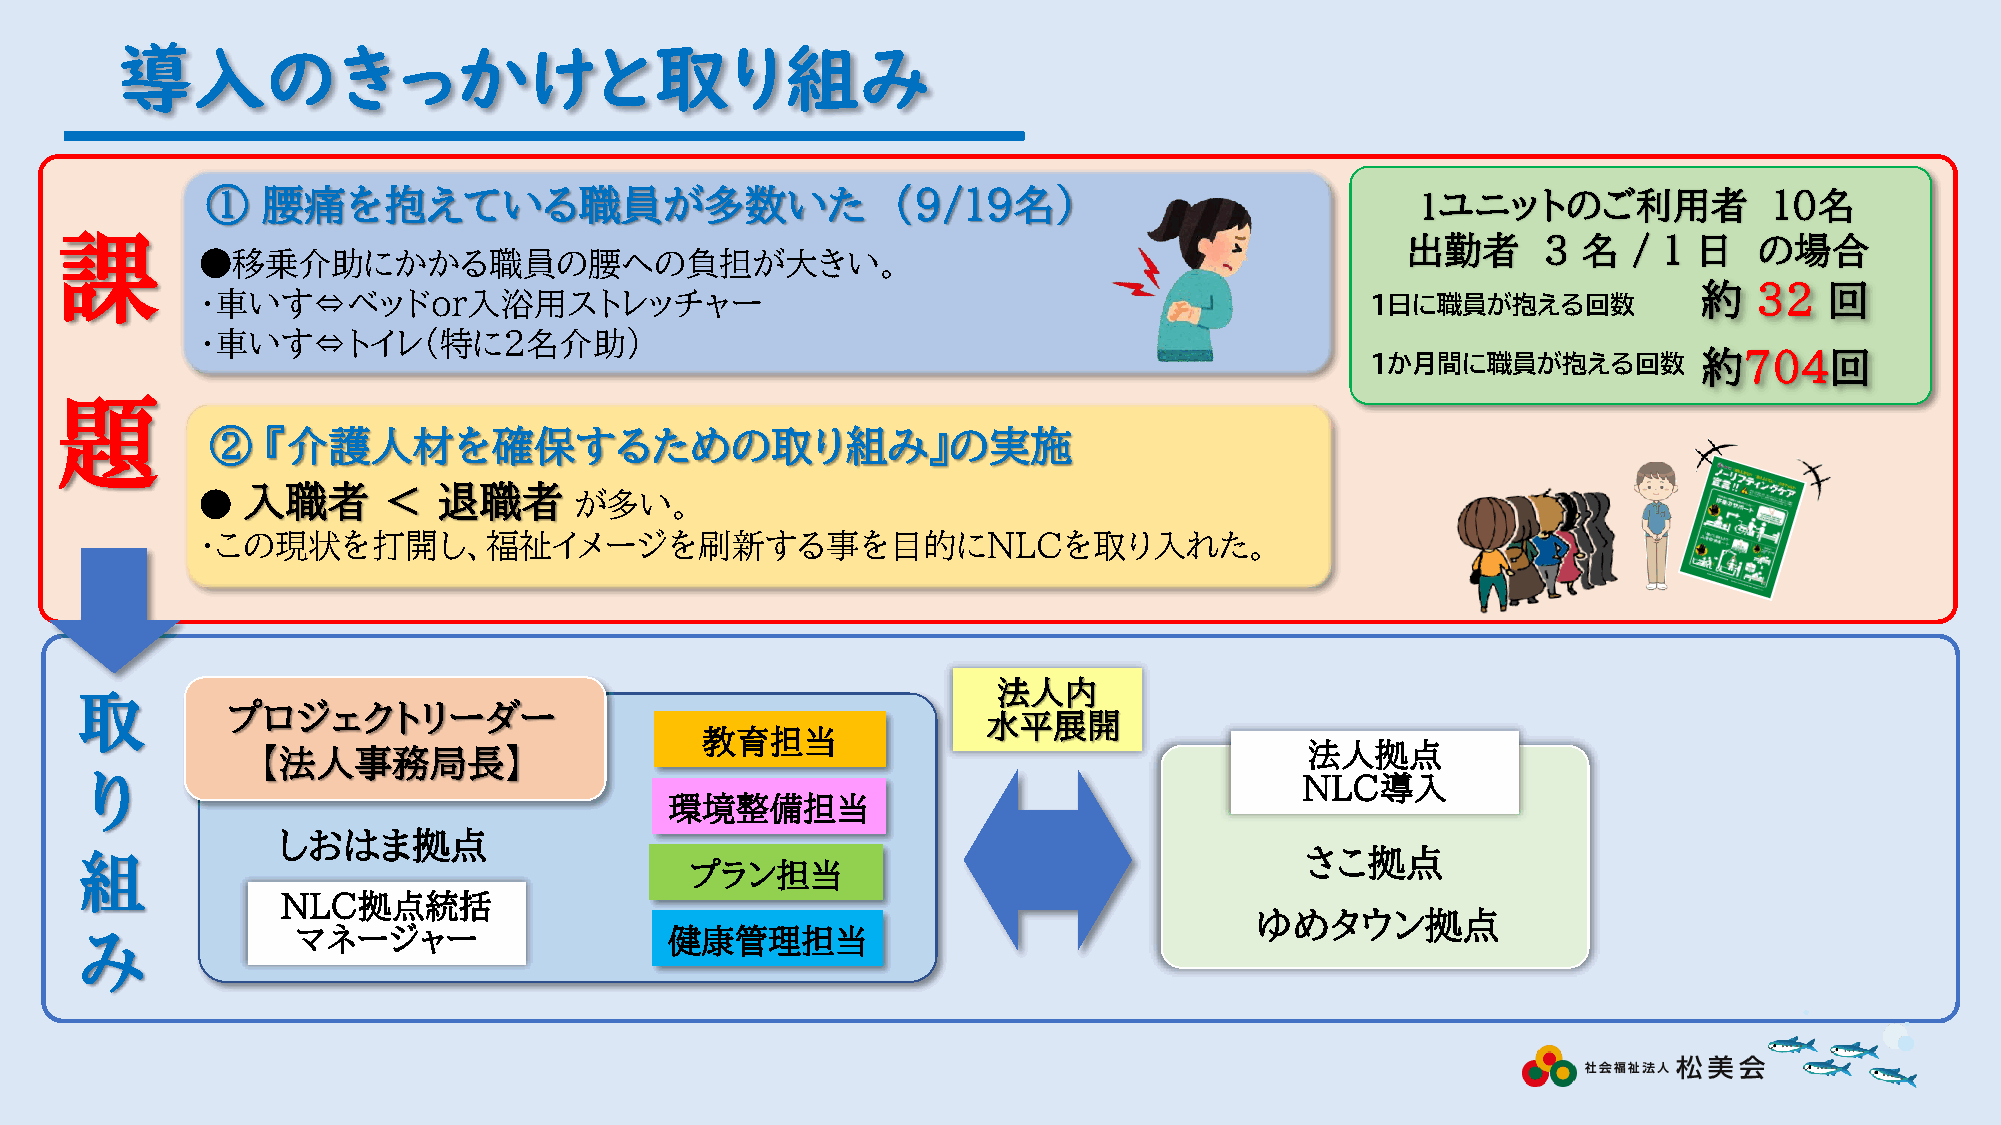
導入のきっかけと取り組み
 ①  腰痛を抱えている職員が多数いた                           （9/19名）                            1ユニットのご利用者             １０名
 課                                                                                        出勤者      ３  名  / １ 日   の場合
 ●移乗介助にかかる職員の腰への負担が大きい。
 約  ３２   回
 ・車いす⇔ベッドｏｒ入浴用ストレッチャー                                                          １日に職員が抱える回数
 ・車いす⇔トイレ（特に２名介助）
 １か月間に職員が抱える回数         約704回
 題
 ②   『介護人材を確保するための取り組み』の実施
 入職者      ＜   退職者
 ●                        が多い。
 ・この現状を打開し、福祉イメージを刷新する事を目的にNLCを取り入れた。
 法人内
 取
 プロジェクトリーダー
 水平展開
 教育担当
 【法人事務局長】                                                              法人拠点
 り                                                                                NLC導入
 環境整備担当
 しおはま拠点
 組                                                                                さこ拠点
 プラン担当
 ＮＬＣ拠点統括
 ゆめタウン拠点
 み              マネージャー                  健康管理担当